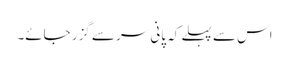
اس سے پہلے کہ پانی سر سے گزر جائے۔